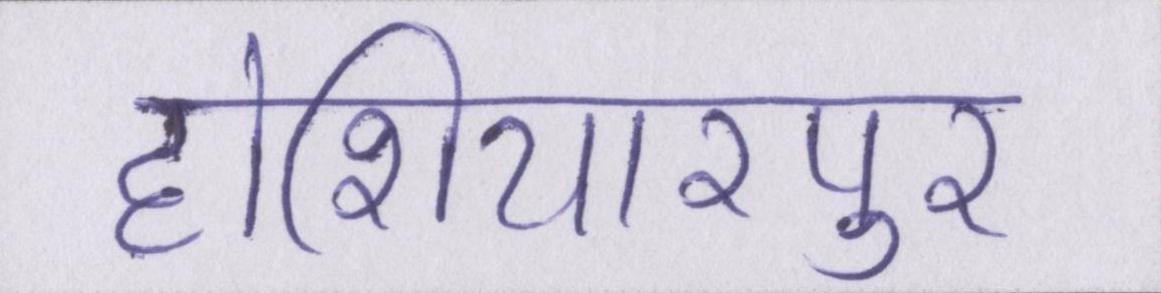
होशियारपुर